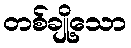
တစ်ချို့သော